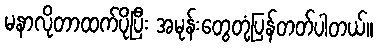
မနာလိုတာထက်ပိုပြီး အမုန်းတွေတုံ့ပြန်တတ်ပါတယ်။